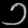
Digit: ၁